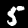
Digit: 5